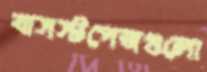
বাসস্টপেজগুলো